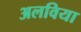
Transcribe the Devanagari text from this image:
अलविया